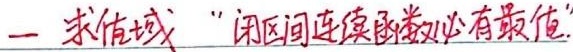
一 求值域：“闭区间连续函数必有最值”。